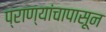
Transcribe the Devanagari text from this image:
प्राण्यांचापासून